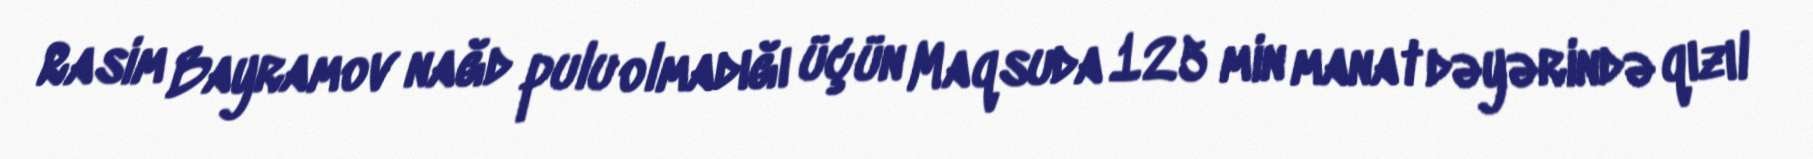
Rasim Bayramov nağd pulu olmadığı üçün Maqsuda 125 min manat dəyərində qızıl